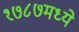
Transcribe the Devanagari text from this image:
१७८७मध्ये